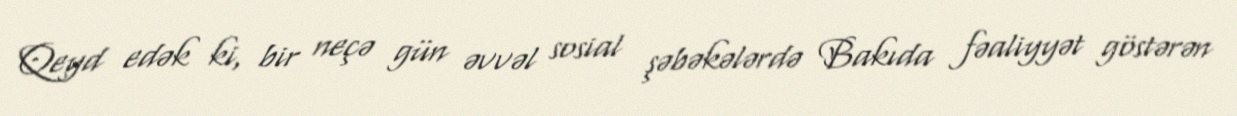
Qeyd edək ki, bir neçə gün əvvəl sosial şəbəkələrdə Bakıda fəaliyyət göstərən